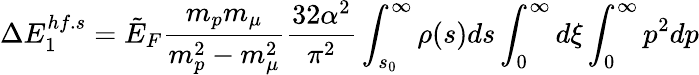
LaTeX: \Delta E_{1}^{hf.s}=\tilde{E}_{F}\frac{m_{p}m_{\mu}}{m_{p}^{2}-m_{\mu}^{2}}\frac{32\alpha^{2}}{\pi^{2}}\int_{s_{0}}^{\infty}\rho(s)ds\int_{0}^{\infty}d\xi\int_{0}^{\infty}p^{2}dp